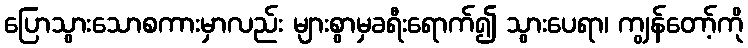
ပြောသွားသောစကားမှာလည်း များစွာမှခရီးရောက်၍ သွားပေရာ၊ ကျွန်တော့်ကို